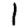
Digit: 1